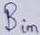
Text: Bin